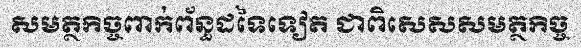
សមត្ថកិច្ចពាក់ព័ន្ធដទៃទៀត ជាពិសេសសមត្ថកិច្ច